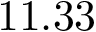
1 1 . 3 3